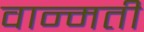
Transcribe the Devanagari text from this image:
वान्मती